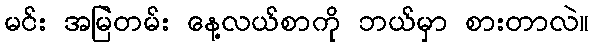
မင်း အမြဲတမ်း နေ့လယ်စာကို ဘယ်မှာ စားတာလဲ။